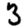
Digit: 3